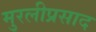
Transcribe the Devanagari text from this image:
मुरलीप्रसाद